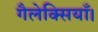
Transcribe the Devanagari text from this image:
गैलेक्सियाँ।